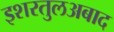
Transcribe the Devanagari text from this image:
इशरतुलअबाद